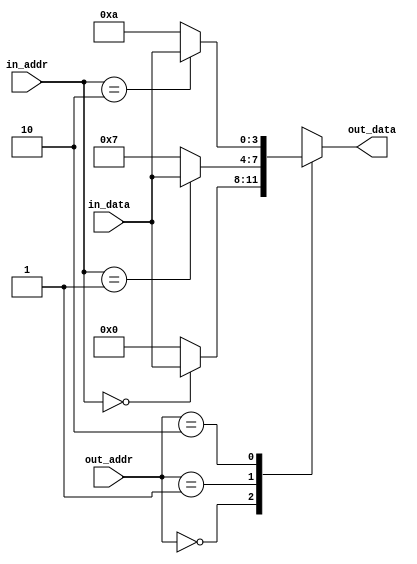
module mem2reg_test1(in_addr, in_data, out_addr, out_data);

input [1:0] in_addr, out_addr;
input [3:0] in_data;
output reg [3:0] out_data;

reg [3:0] array [2:0];

always @* begin
	array[0] = 0;
	array[1] = 23;
	array[2] = 42;
	array[in_addr] = in_data;
	out_data = array[out_addr];
end

endmodule